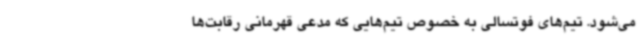
می‌شود. تیم‌های فوتسالی به خصوص تیم‌هایی که مدعی قهرمانی رقابت‌ها